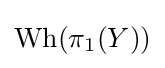
\operatorname {Wh} (\pi _{1}(Y))